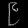
Digit: ၉